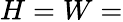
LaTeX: H=W=